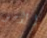
الأمر